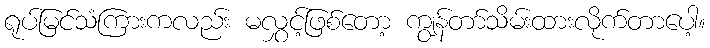
ရုပ်မြင်သံကြားကလည်း မလွှင့်ဖြစ်တော့ ကျွန်တာ်သိမ်းထားလိုက်တာပေါ့။